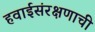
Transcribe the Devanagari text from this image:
हवाईसंरक्षणाची